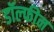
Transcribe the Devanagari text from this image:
डॉल्‍फीन